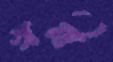
খনী